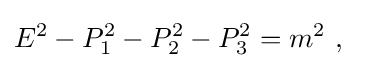
E^{2}-P_{1}^{2}-P_{2}^{2}-P_{3}^{2}=m^{2}~,\quad